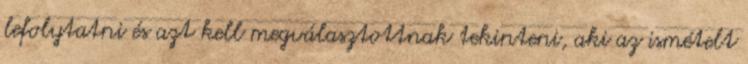
lefolytatni és azt kell megválasztottnak tekinteni, aki az ismételt